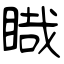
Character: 睵